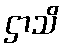
ဌာသိ